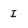
Character: I